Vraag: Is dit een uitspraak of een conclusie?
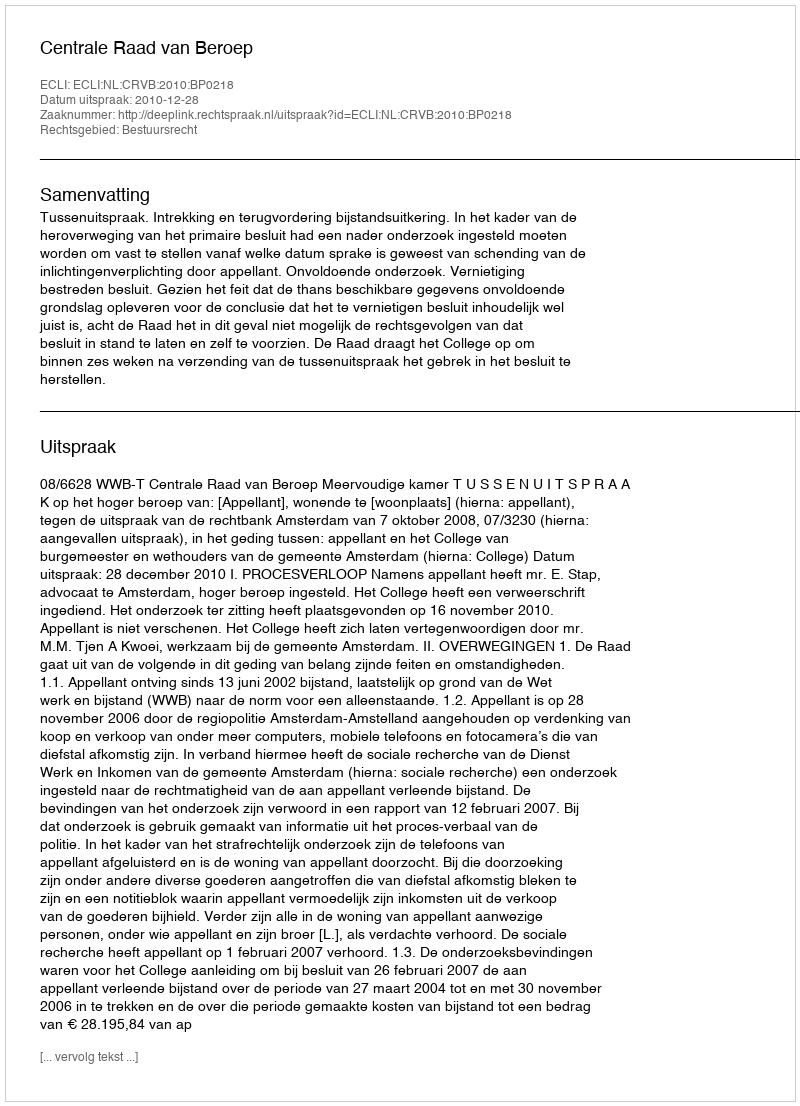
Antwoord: Uitspraak